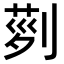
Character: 𠞝